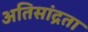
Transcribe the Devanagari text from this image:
अतिसांद्रता